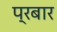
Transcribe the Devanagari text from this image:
प्रबार